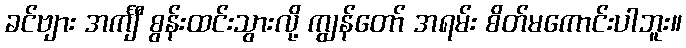
ခင်ဗျား အင်္ကျီ စွန်းထင်းသွားလို့ ကျွန်တော် အရမ်း စိတ်မကောင်းပါဘူး။